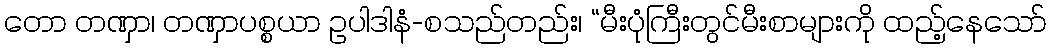
တော တဏှာ၊ တဏှာပစ္စယာ ဥပါဒါနံ-စသည်တည်း၊ “မီးပုံကြီးတွင်မီးစာများကို ထည့်နေသော်